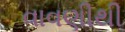
વાવણીથી